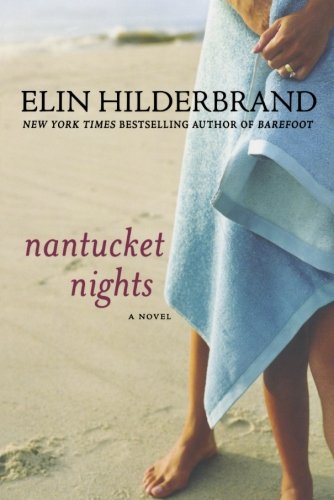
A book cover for Nantucket Nights: A Novel; Elin Hilderbrand; Literature & Fiction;